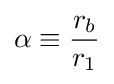
\alpha \equiv {\frac {r_{b}}{r_{1}}}